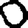
Digit: 0